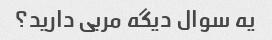
یه سوال دیگه مربی دارید؟